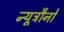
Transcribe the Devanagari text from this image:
न्यूट्रौनों